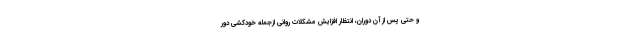
و حتی پس از آن دوران، انتظار افزایش مشکلات روانی ازجمله خودکشی دور